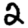
Digit: 2